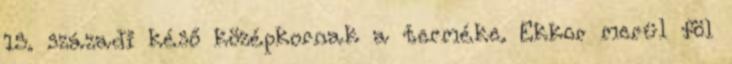
15. századi késő középkornak a terméke. Ekkor merül föl